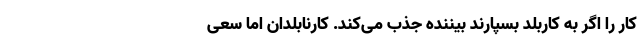
کار را اگر به کاربلد بسپارند بیننده جذب می‌کند. کارنابلدان اما سعی